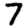
Digit: 7